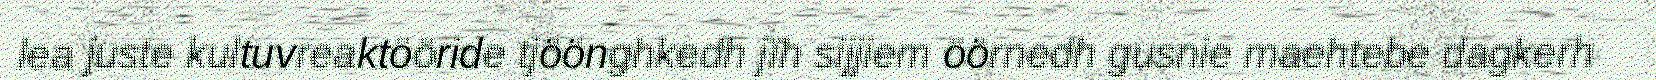
lea juste kultuvreaktööride tjöönghkedh jïh sijjiem öörnedh gusnie maehtebe dagkerh